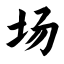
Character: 场